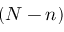
( N - n )